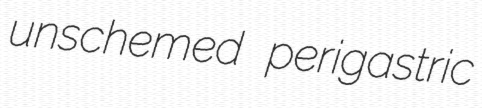
unschemed perigastric